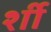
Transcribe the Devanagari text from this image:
र्शी